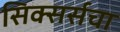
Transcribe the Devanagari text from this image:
सिक्सर्सचा